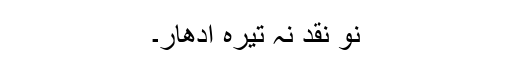
نو نقد نہ تیرہ ادھار۔